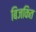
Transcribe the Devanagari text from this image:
बिजकित